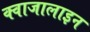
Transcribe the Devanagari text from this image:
क्वाजालाइन